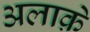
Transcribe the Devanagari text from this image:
अलाक़े